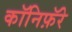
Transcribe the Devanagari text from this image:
कॉनिफ़ॅरे